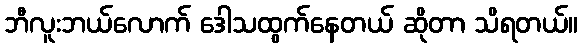
ဘီလူးဘယ်လောက် ဒေါသထွက်နေတယ် ဆိုတာ သိရတယ်။